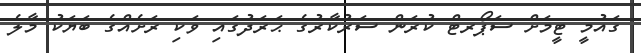
ގައުމީ ޓީމަށް ސަޕޯރޓް ކުރަން ސަރުކާރުގެ ޙަރަދުގައި ވަކި ރަށެއްގެ ބަޔަކު މާލެ